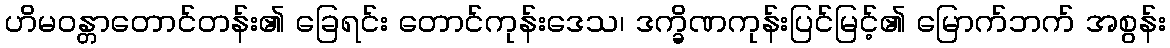
ဟိမဝန္တာတောင်တန်း၏ ခြေရင်း တောင်ကုန်းဒေသ၊ ဒက္ခိဏကုန်းပြင်မြင့်၏ မြောက်ဘက် အစွန်း